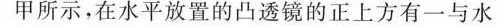
甲所示，在水平放置的凸透镜的正上方有一与水